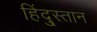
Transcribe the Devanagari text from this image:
हिंदु्स्तान